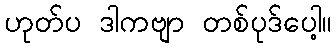
ဟုတ်ပ ဒါကဗျာ တစ်ပုဒ်ပေါ့။